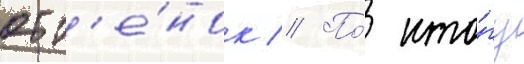
отт'е́нок // По́ ито́гу